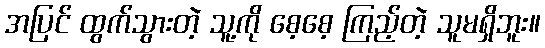
အပြင် ထွက်သွားတဲ့ သူ့ကို စေ့စေ့ ကြည့်တဲ့ သူမရှိဘူး။